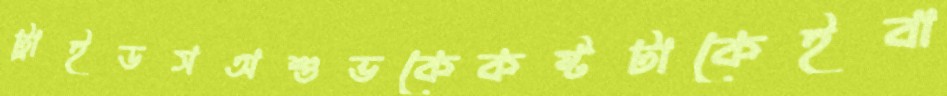
ট্রাইডসঅশুভকেকষ্টটাকেইবা